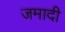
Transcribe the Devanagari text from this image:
जमादी